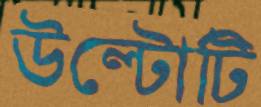
উল্টোটি